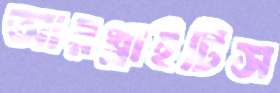
আরথ্রাইটিস